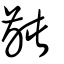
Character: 齜